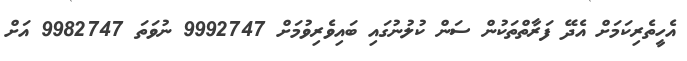
އެހީތެރިކަމަށް އެދޭ ފަރާތްތަކުން ސަން ކުލުނުގައި ބައިވެރިވުމަށް 9992747 ނުވަތަ 9982747 އަށް